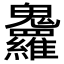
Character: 𩵇